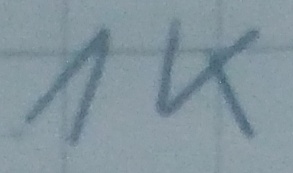
Text: 1K